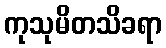
ကုသုမိတသိခရာ